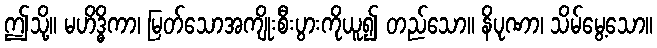
ဤသို့။ မဟိဒ္ဓိကာ၊ မြတ်သောအကျိုးစီးပွားကိုယူ၍ တည်သော။ နိပုဏာ၊ သိမ်မွေ့သော။